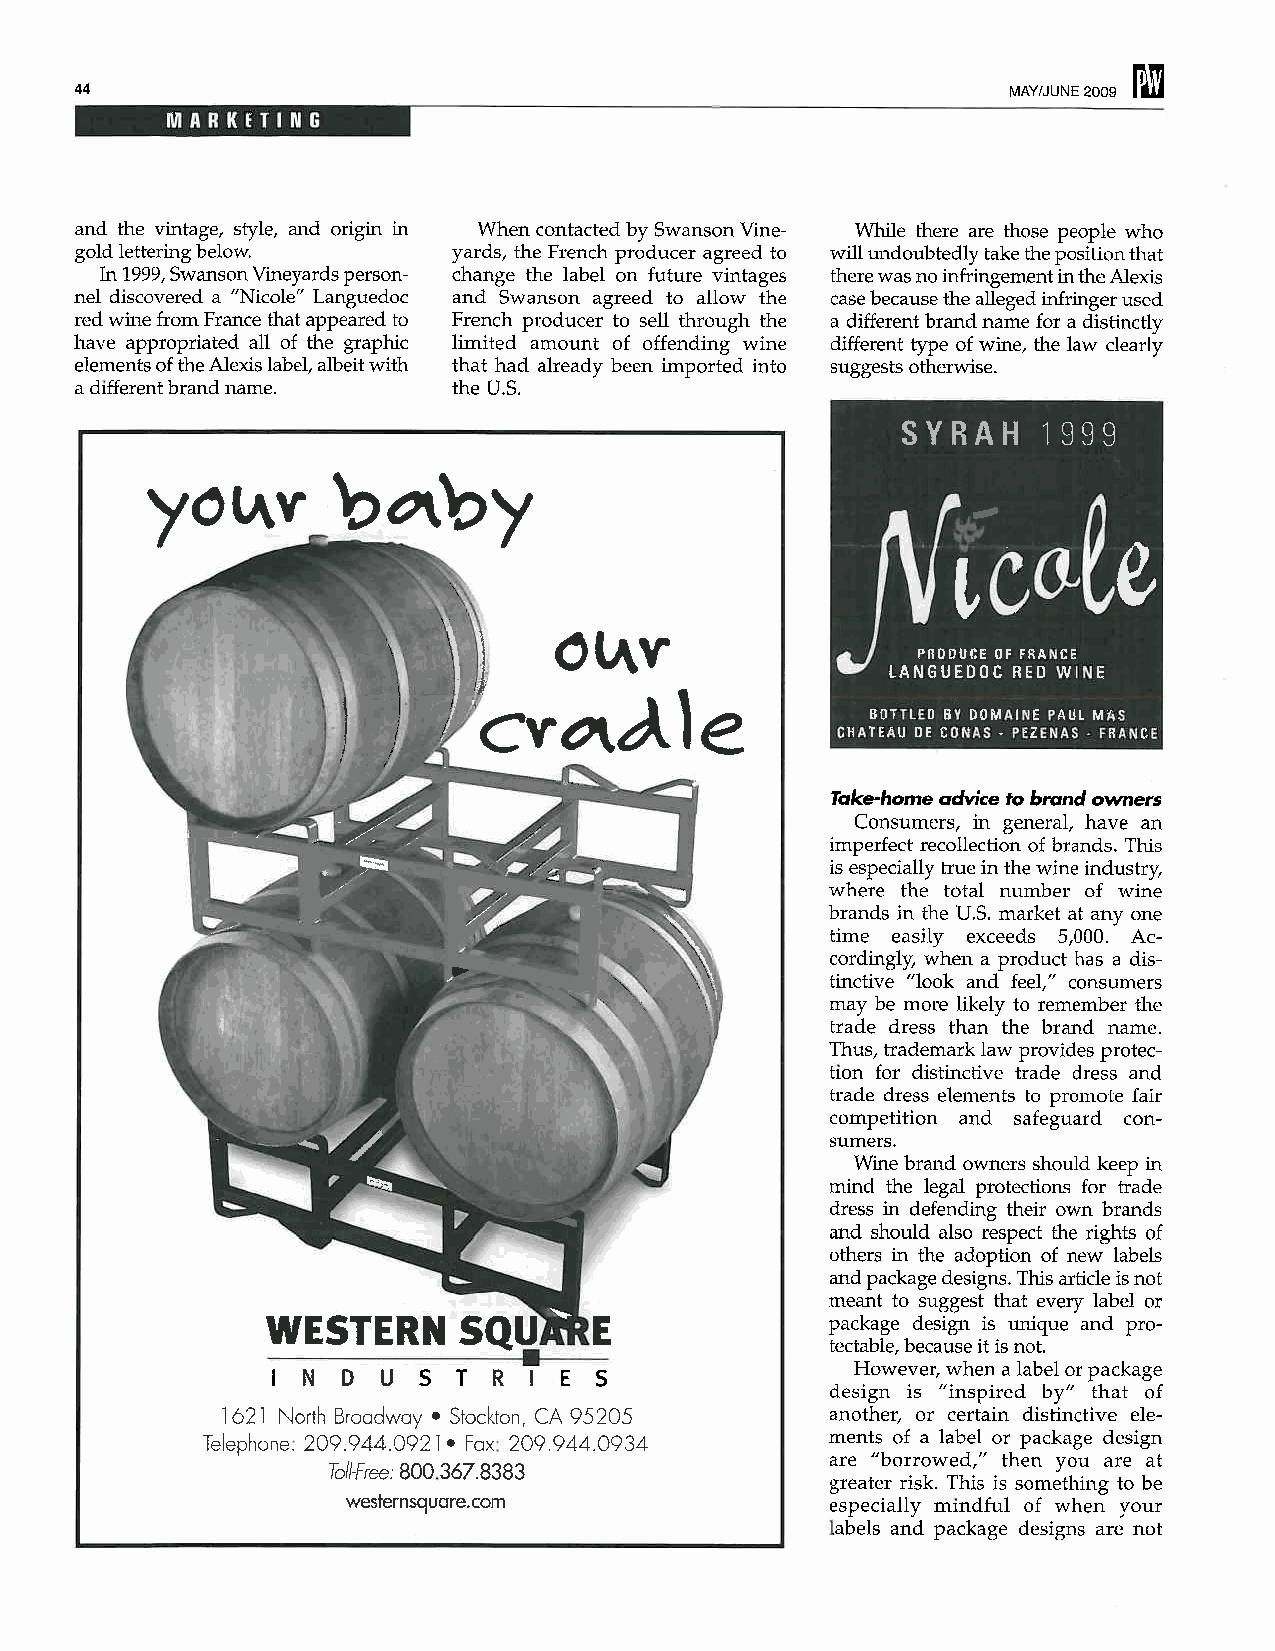
-
 44                                                            MAY/JUNE 2009 ~
 and the vintage, style, and origin in When contacted by Swanson Vine- Whle there are those people who
 gold lettering below.    yards, the French producer agreed to wil undoubtedly take the position that
 In 1999, Swanson Vineyards person- change the label on future vintages there was no infringement in the Alexis
 nel discovered a "Nicole" Languedoc and Swanson agreed to allow the case because the alleged ininger used
 red wine from France that appeared to French producer to sell through the a different brand name for a distictly
 have appropriated all of the graphic limited amount of offending wine different tye of wine, the law clearly
 elements of the Alexis label, albeit with that had already been imported into suggests otherwise.
 a different brand name.  the U.S.
 YO(AY          n~nY
 ,   O(AV
 CV~~le
 Take-home advice to brand owners
 Consumers, in general, have an
 imperfect recollection of brands. This
 is especially true in the wine industry,
 where the total number of wine
 brands in the U.S. market at anyone
 time easily exceeds 5,000. Ac-
 cordingly, when a product has a dis-
 tinctive "look and feel," consumers
 may be more likely to remember the
 trade dress than the brand name.
 Thus, trademark law provides protec-
 tion for distinctive trade dress and
 trade dress elements to promote fair
 competition and safeguard con-
 sumers.
 Wine brand owners should keep in
 mid the legal protections for trade
 dress in defending their own brands
 and should also respect the rights of
 others in the adoption of new labels
 and package designs. Ths article is not
 meant to suggest that every label or
 WESTERN     SQU.                     package design is unique and pro-
 INDUSTRIES                           tectable, because it is not.
 However, when a label or package
 design is "inspired by" that of
 1621 North Broadway - Stockton, CA 95205 another, or certain distinctive ele-
 Telephone: 209.944.0921- Fax: 209.944.0934 ments of a label or package design
 are "borrowed," then you are at
 Tal/Free: 800.367.8383
 greater risk. This is something to be
 westernsquare.com               especially mindful of when your
 labels and package designs are not